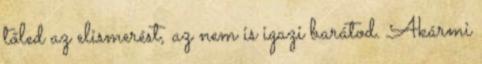
tőled az elismerést, az nem is igazi barátod. Akármi